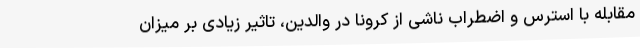
مقابله با استرس و اضطراب ناشی از کرونا در والدین، تاثیر زیادی بر میزان